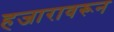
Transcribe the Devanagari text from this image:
हजारावरून